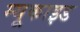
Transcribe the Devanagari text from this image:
म्यूकाइड